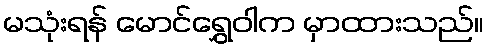
မသုံးရန် မောင်ရွှေဝါက မှာထားသည်။